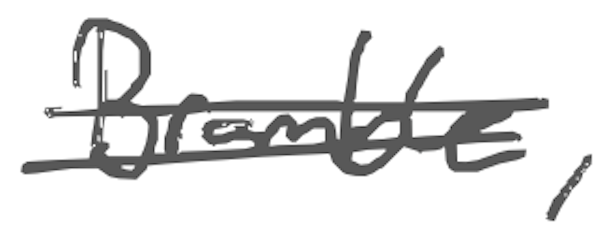
Text: Bramble,
Cross-out: double-line
Writing tool: digital_gray